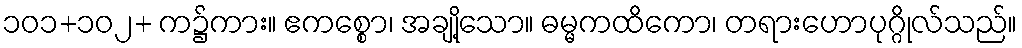
၁၀၁+၁၀၂+ က၌ကား။ ဧကစ္စော၊ အချို့သော။ ဓမ္မကထိကော၊ တရားဟောပုဂ္ဂိုလ်သည်။